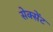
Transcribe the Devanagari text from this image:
सेक्सेंट